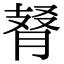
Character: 𦜚